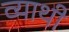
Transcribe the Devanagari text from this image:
व्याथी